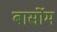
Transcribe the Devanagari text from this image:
बार्सोम